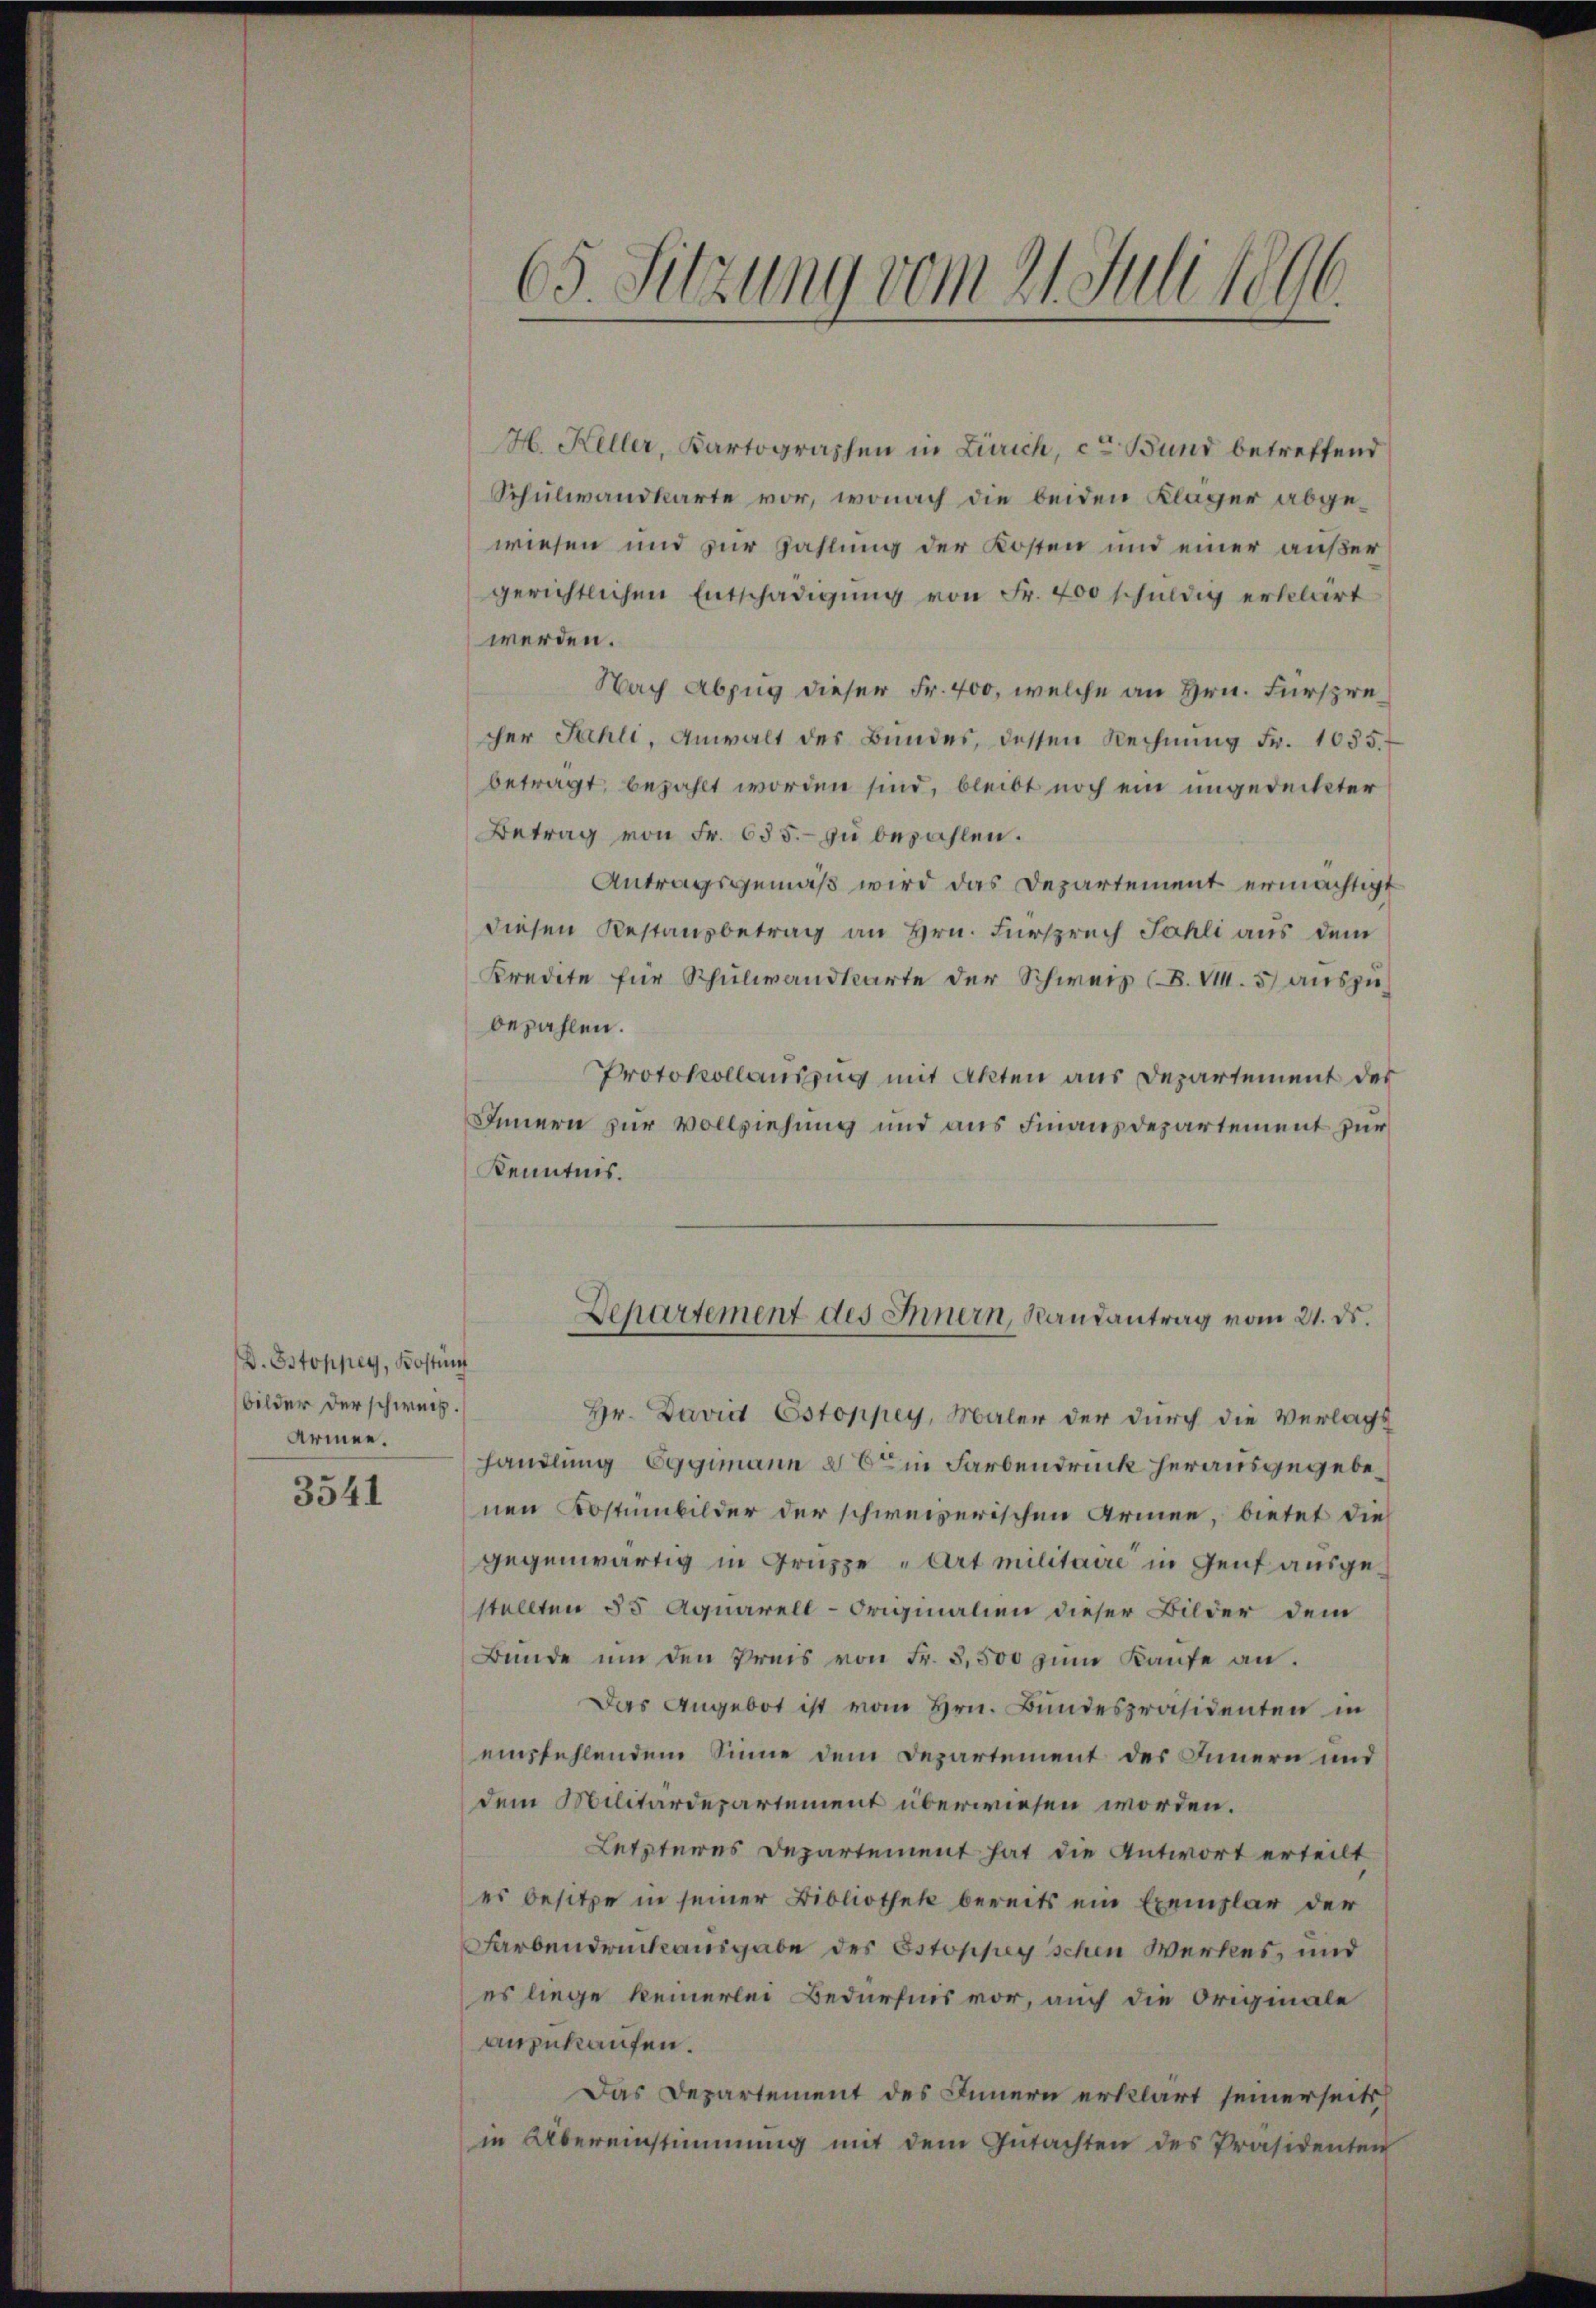
D. Ostoppey, Kostenf
bilder der schweiz.
Armee.

3541

1.
65. Sitzung vom 21. Juli leu

H. Keller, Kartographen in Zürich, cten Bund betreffend
Schulwandkarte vor, wonach die beiden Kläger abgewiesen und zur Zahlung der Kosten und einer außer
gerichtlichen Entschädigŭng von Fr. 400 schuldig erklärt
werden.
Nach Abzug dieser Fr. 400, welche an Hrn. Fürsprecher Sahli, Anwalt des Bundes, dessen Rechnung Fr. 1055.
beträgt, bezahlt worden sind, bleibt noch ein ungedeckter
Betrag von Fr. 655. zu bezahlen.
Antragsgemäß wird das Departement ermächtigt
diesen Restanzbetrag an Hrn. Fürspruch Fahli aus dem
Kredite für Schuliandkarte der Schweiz (B. VII. 5) auszubezahlen.
Protokollauszug mit Akten aus Departement der
Innern zur Vollziehung und aus Finanzdepartement zur
Kenntnis.
Departement des Innern, Randantrag vom 21. ds.
Hr. David Estoppey, Maler der durch die Verlags
handlung Eggimann aber in Farbendruck herausgegebenen Kostümbilder der schweizerischen Armen, bietet die
gegenwärtig in Gruppe „Art militaire in Genf ausgestellten 55 Aquarell-Originalien dieser Bilder dem
Bunde um den Preis von Fr. 3,500 zum Kaufe an.
Das Angebot ist vom Hrn. Bundespräsidenten in
empfehlendem Sinne dem Departement des Innern und
dem Militärdepartement überwiesen worden.
Letzteres Departement hat die Antwort erteilt
es besitze in seiner Bibliothek bereits ein Exemplar der
Farbendruck ausgabe des Estoppey schen Werkes, und
es liege keinerlei Bedürfnis vor, auch die Originale
anzukaufen.
Das Departement des Innern erklärt seinerseits
in Übereinstimmung mit dem Gŭtachten des Präsidenten